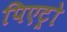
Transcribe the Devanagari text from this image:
पिएट्रो